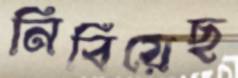
নিবিয়েছ